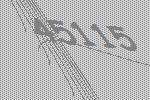
45115